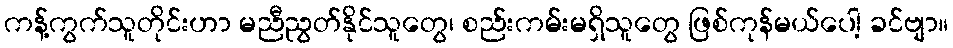
ကန့်ကွက်သူတိုင်းဟာ မညီညွတ်နိုင်သူတွေ၊ စည်းကမ်းမရှိသူတွေ ဖြစ်ကုန်မယ်ပေါ့ ခင်ဗျာ။